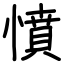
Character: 憤